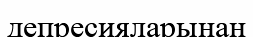
депресияларынан